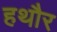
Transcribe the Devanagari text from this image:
हथौर